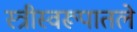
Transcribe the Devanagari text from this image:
स्त्रीस्वरूपातले